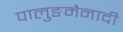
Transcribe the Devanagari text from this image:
पालुङमैनादी